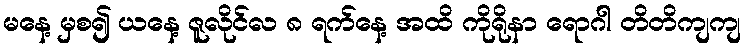
မနေ့ မှစ၍ ယနေ့ ဇူလိုင်လ ၈ ရက်နေ့ အထိ ကိုရိုနာ ရောဂါ တိတိကျကျ